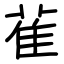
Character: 雈